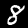
Label: 8